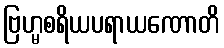
ဗြဟ္မစရိယပရာယဏောတိ